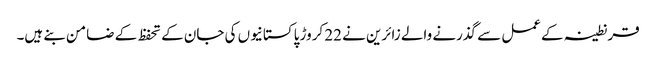
قرنطینہ کےعمل سے گذرنے والے زائرین نے 22 کروڑ پاکستانیوں کی جان کے تحفظ کے ضامن بنے ہیں۔